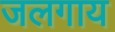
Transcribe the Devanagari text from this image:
जलगाय